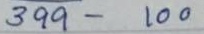
399 - 100